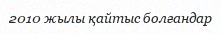
2010 жылы қайтыс болғандар